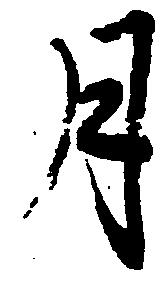
月